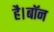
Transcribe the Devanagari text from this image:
है।बॉन